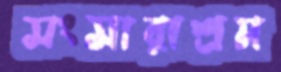
সংসারাশ্রম